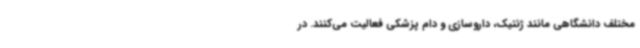
مختلف دانشگاهی مانند ژنتیک، داروسازی و دام پزشکی فعالیت می‌کنند. در